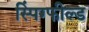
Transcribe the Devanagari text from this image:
स्पिंग्फील्ड